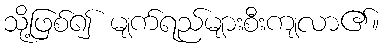
သို့ဖြစ်၍ မျက်ရည်များစီးကျလာ၏။